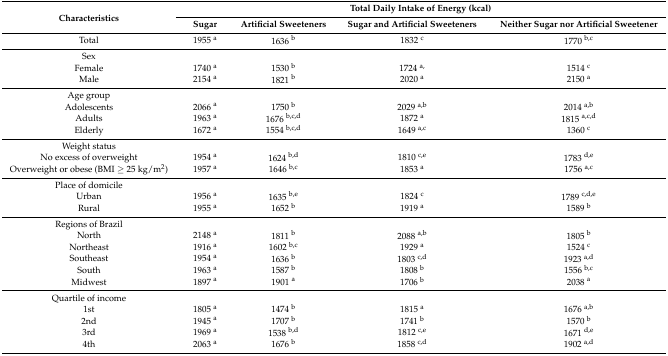
<table><thead><tr><td rowspan="2"><b>Characteristics</b></td><td colspan="4"><b>Total Daily Intake of Energy (kcal)</b></td></tr><tr><td><b>Sugar</b></td><td><b>Artificial Sweeteners</b></td><td><b>Sugar and Artificial Sweeteners</b></td><td><b>Neither Sugar nor Artificial Sweetener</b></td></tr></thead><tbody><tr><td>Total</td><td>1955 <sup>a</sup></td><td>1636 <sup>b</sup></td><td>1832 <sup>c</sup></td><td>1770 <sup>b,c</sup></td></tr><tr><td>Sex</td><td></td><td></td><td></td><td></td></tr><tr><td>Female</td><td>1740 <sup>a</sup></td><td>1530 <sup>b</sup></td><td>1724 <sup>a,</sup></td><td>1514 <sup>c</sup></td></tr><tr><td>Male</td><td>2154 <sup>a</sup></td><td>1821 <sup>b</sup></td><td>2020 <sup>a</sup></td><td>2150 <sup>a</sup></td></tr><tr><td>Age group</td><td></td><td></td><td></td><td></td></tr><tr><td>Adolescents</td><td>2066 <sup>a</sup></td><td>1750 <sup>b</sup></td><td>2029 <sup>a,b</sup></td><td>2014 <sup>a,b</sup></td></tr><tr><td>Adults</td><td>1963 <sup>a</sup></td><td>1676 <sup>b,c,d</sup></td><td>1872 <sup>a</sup></td><td>1815 <sup>a,c,d</sup></td></tr><tr><td>Elderly</td><td>1672 <sup>a</sup></td><td>1554 <sup>b,c,d</sup></td><td>1649 <sup>a,c</sup></td><td>1360 <sup>c</sup></td></tr><tr><td>Weight status</td><td></td><td></td><td></td><td></td></tr><tr><td>No excess of overweight</td><td>1954 <sup>a</sup></td><td>1624 <sup>b,d</sup></td><td>1810 <sup>c,e</sup></td><td>1783 <sup>d,e</sup></td></tr><tr><td>Overweight or obese (BMI ≥ 25 kg/m<sup>2</sup>)</td><td>1957 <sup>a</sup></td><td>1646 <sup>b,c</sup></td><td>1853 <sup>a</sup></td><td>1756 <sup>a,c</sup></td></tr><tr><td>Place of domicile</td><td></td><td></td><td></td><td></td></tr><tr><td>Urban</td><td>1956 <sup>a</sup></td><td>1635 <sup>b,e</sup></td><td>1824 <sup>c</sup></td><td>1789 <sup>c,d,e</sup></td></tr><tr><td>Rural</td><td>1955 <sup>a</sup></td><td>1652 <sup>b</sup></td><td>1919 <sup>a</sup></td><td>1589 <sup>b</sup></td></tr><tr><td>Regions of Brazil</td><td></td><td></td><td></td><td></td></tr><tr><td>North</td><td>2148 <sup>a</sup></td><td>1811 <sup>b</sup></td><td>2088 <sup>a,b</sup></td><td>1805 <sup>b</sup></td></tr><tr><td>Northeast</td><td>1916 <sup>a</sup></td><td>1602 <sup>b,c</sup></td><td>1929 <sup>a</sup></td><td>1524 <sup>c</sup></td></tr><tr><td>Southeast</td><td>1954 <sup>a</sup></td><td>1636 <sup>b</sup></td><td>1803 <sup>c,d</sup></td><td>1923 <sup>a,d</sup></td></tr><tr><td>South</td><td>1963 <sup>a</sup></td><td>1587 <sup>b</sup></td><td>1808 <sup>b</sup></td><td>1556 <sup>b,c</sup></td></tr><tr><td>Midwest</td><td>1897 <sup>a</sup></td><td>1901 <sup>a</sup></td><td>1706 <sup>b</sup></td><td>2038 <sup>a</sup></td></tr><tr><td>Quartile of income</td><td></td><td></td><td></td><td></td></tr><tr><td>1st</td><td>1805 <sup>a</sup></td><td>1474 <sup>b</sup></td><td>1815 <sup>a</sup></td><td>1676 <sup>a,b</sup></td></tr><tr><td>2nd</td><td>1945 <sup>a</sup></td><td>1707 <sup>b</sup></td><td>1741 <sup>b</sup></td><td>1570 <sup>b</sup></td></tr><tr><td>3rd</td><td>1969 <sup>a</sup></td><td>1538 <sup>b,d</sup></td><td>1812 <sup>c,e</sup></td><td>1671 <sup>d,e</sup></td></tr><tr><td>4th</td><td>2063 <sup>a</sup></td><td>1676 <sup>b</sup></td><td>1858 <sup>c,d</sup></td><td>1902 <sup>a,d</sup></td></tr></tbody></table>